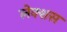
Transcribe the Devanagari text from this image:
लेक्शस